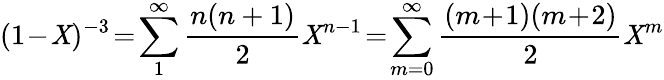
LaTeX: (1\! -\! \mathit{X})^{-3}\! =\! \sum_{1}^{\infty}\frac{{n(n+1)}}{{2}}\mathit{X}^{n-1}\! =\! \sum_{m=0}^{\infty}\frac{{(m\! +\! 1)(m\! +\! 2)}}{{2}}\mathit{X}^{m}